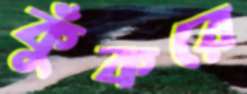
কুঁকরে